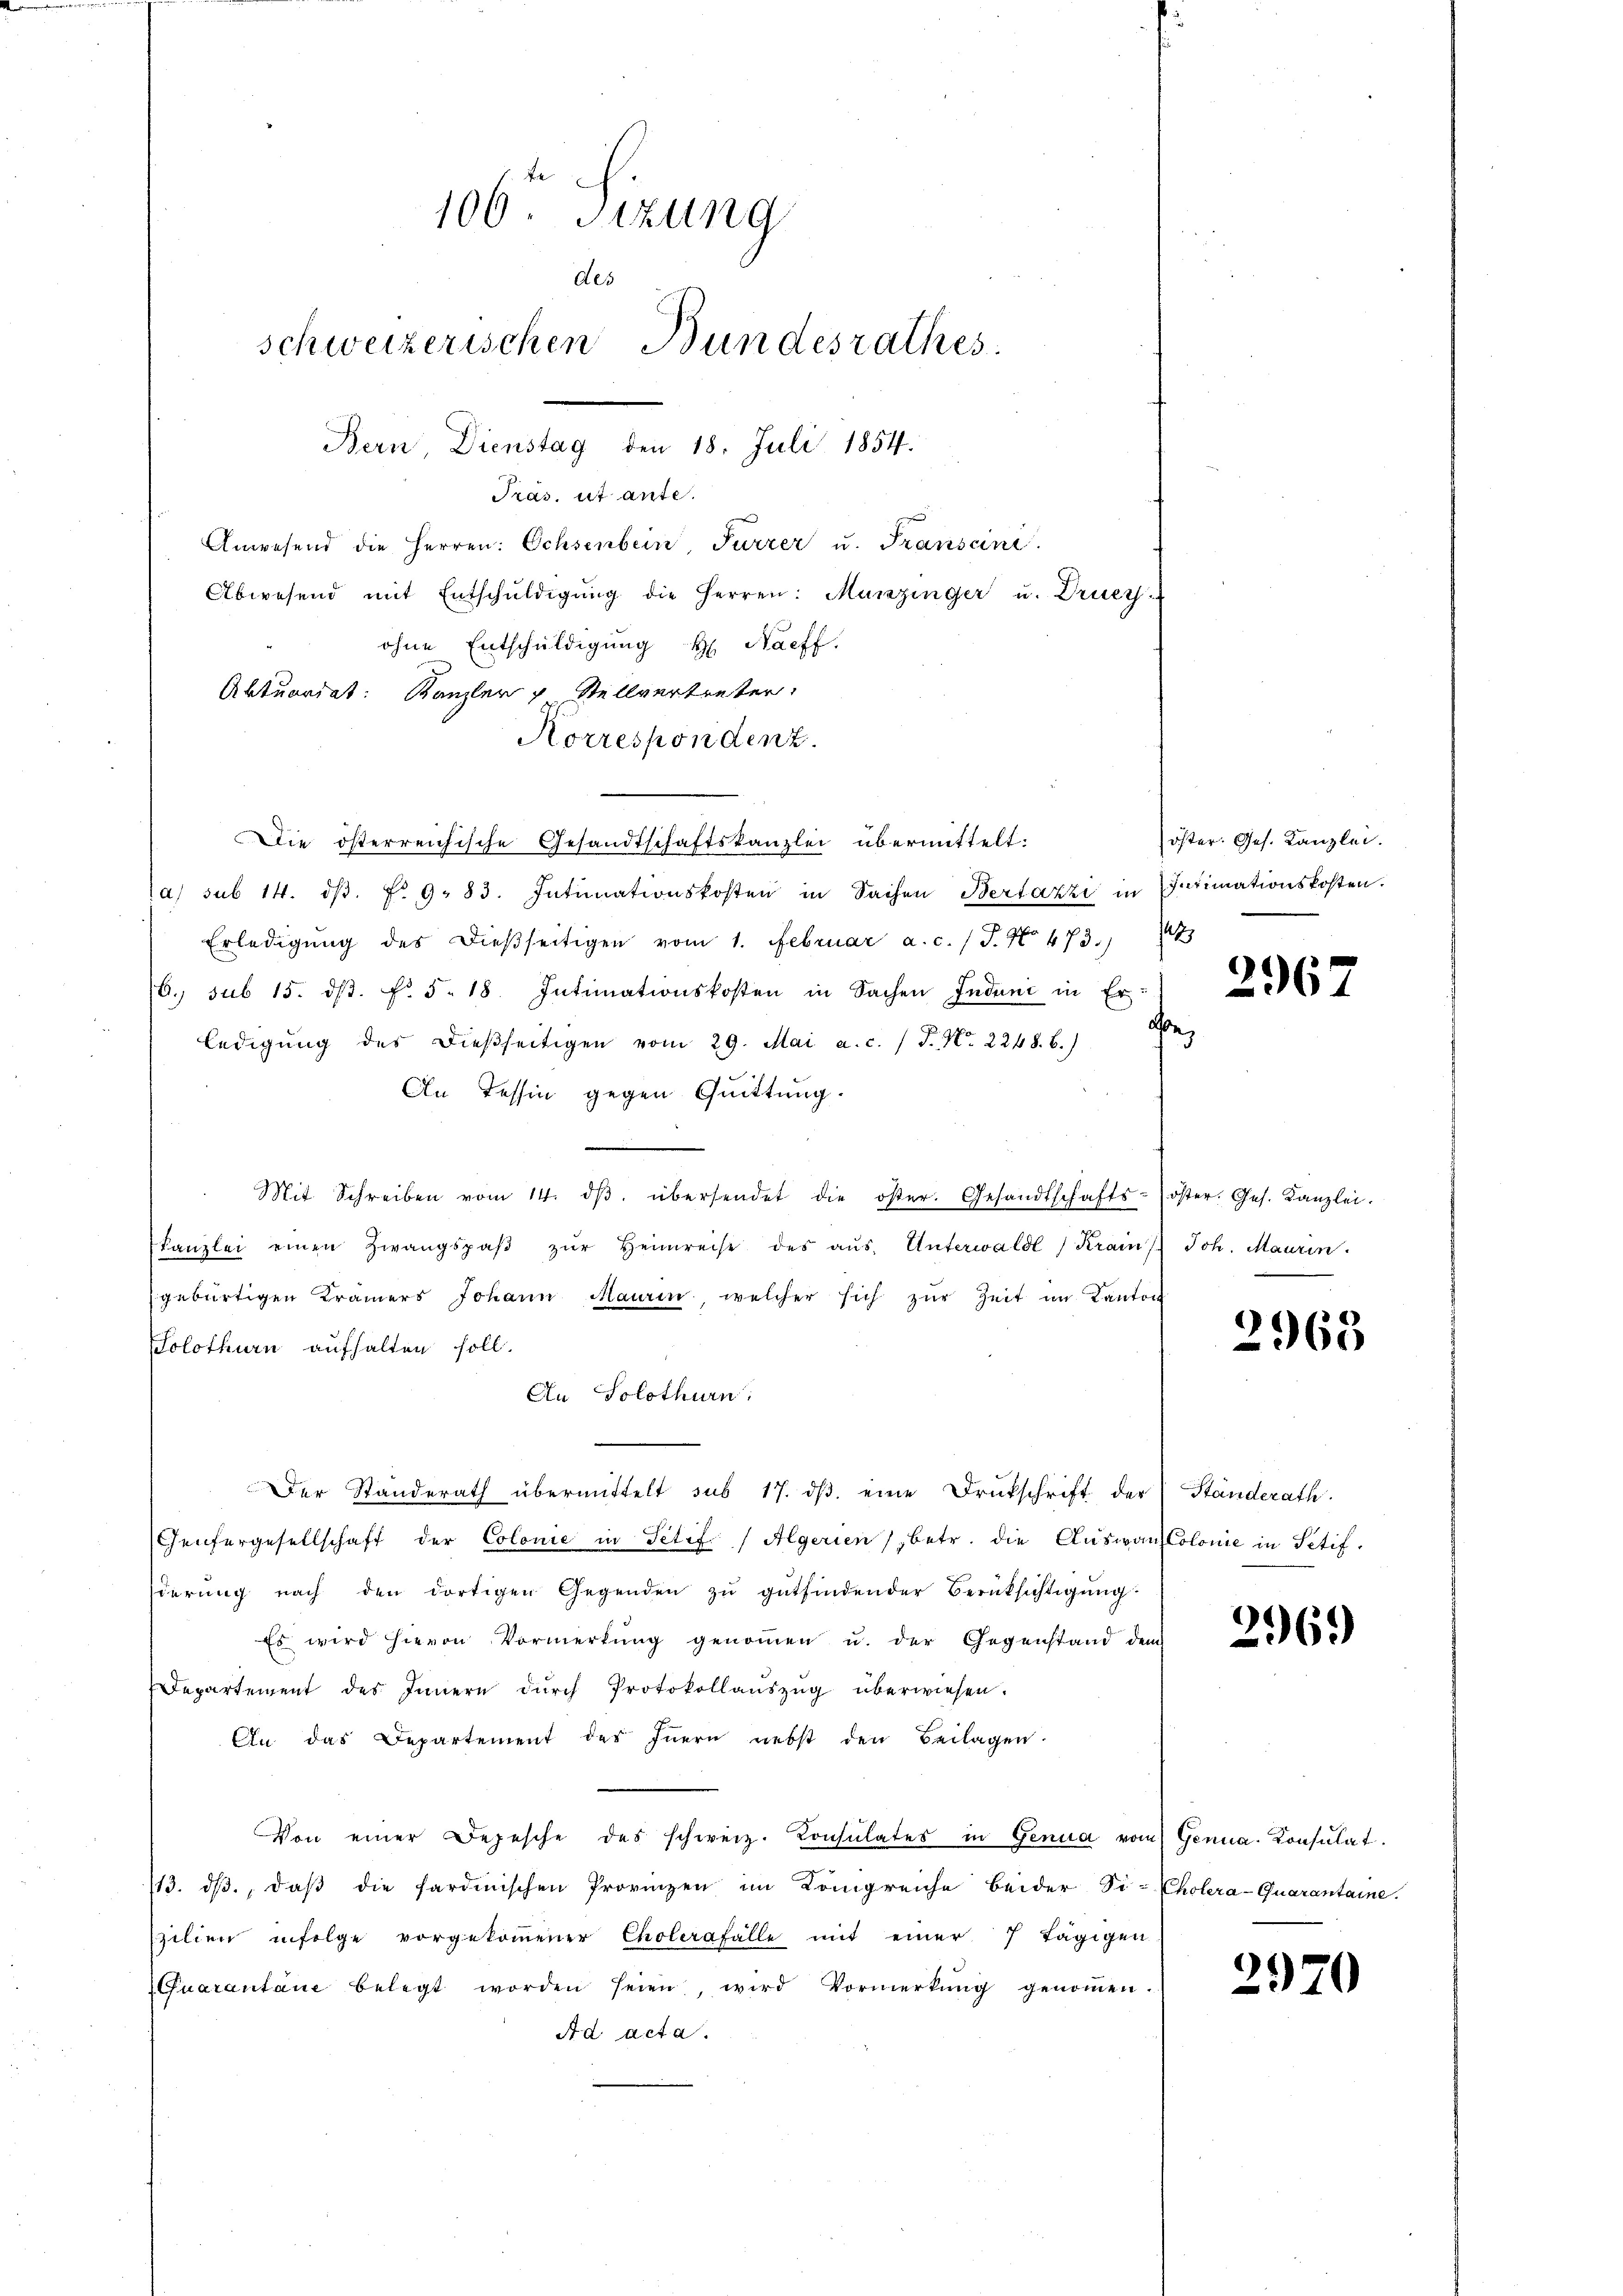
Tras, ut ante.
Anwesend die Herren: Ochsenbein, Furrer u. Franscini
Abwesend mit Entschŭldigŭng die Herren: Munzinger u. Druc
ohne Entschuldigung H. Nachf
Aktuariat: Kanzler u Stellvertreter,
Korrespondenz.
Die österreichische Gesandtschaftskanzlei übermittelt:
a) sub 14. dβ. §. 9. 83. Intimationskosten in Sachen Bertazzi in Intimationskosten.
Erledigŭng des dießseitigen vom 1. Februar a.c. (T. No 473.)
6. sub 15. ds. f. 5. 18. Intimationskosten in Sachen Induni in Er
a
ledigŭng des dießseitigen vom 29. Mai a.c. (T. N. 2248. b.)
An Tessin gegen Quittung.
.
Mit Schreiben vom 14. dβ übersendet die öster. Gesandtschafts-oster. Ges. Kanzlei.
Kanzlei einen Zwangspaβ zŭr Heimreise des aŭs, Unterwalde Krains Joh. Maurin
gebürtigen Kramers Johann Mauren, welcher sich zŭr Zeit im Kanton
Solothurn aufhalten soll.
An Solothurn.
Der Standerath übermittelt sub 17. dβ eine Drukschrift der Ständerath.
Genfergesellschaft der Colonie in Petif. (Algerien (betr. die AuswansColonie in Setifderung nach den dortigen Gegenden zu gutfindender Berüksichtigung
Es wird hievon Vormerkung genommen u. der Gegenstand dem
Departement des Innern dŭrch Protokollaŭszŭg überwiesen.
An das Departement des Innern nebst den Beilagen.
Von einer Depesche des schweiz. Konsulates in Genua vom Genua. Konsulat
113. dβ, daβ die sardinischen Provinzen im Königreiche beider Di-Cholera-Quarantaine.
zilien infolge vorgekoṁener Cholerafälle mit einer 7 tägigen-
Quarantane belegt worden seien, wird Vormerkŭng genoṁen.
Ad acta.

106. Sizung
des
schweizerischen Bundesrathes.
Bern, Dienstag den 18. Juli 1854.

öster. Ges. Kanzlei.
2

2967

2963

2969)

2970